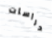
دراسات